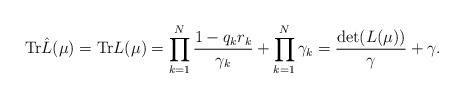
LaTeX: \begin{align*}\textrm{Tr}\hat{L}(\mu)=\textrm{Tr}L(\mu)=\prod_{k=1}^N\frac{1-q_kr_k}{\gamma_k}+\prod_{k=1}^N\gamma_k=\frac{\det(L(\mu))}{\gamma}+\gamma.\end{align*}